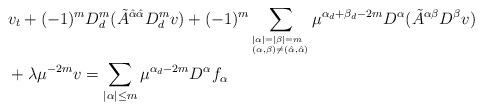
LaTeX: \begin{align*}&v_t+(-1)^m D_d^m(\tilde{A}^{\hat{\alpha}\hat{\alpha}}D^m_d v)+(-1)^{m}\sum_{^{|\alpha|=|\beta|=m}_{(\alpha,\beta)\neq (\hat{\alpha},\hat{\alpha})}}\mu^{\alpha_d+\beta_d-2m}D^\alpha(\tilde{A}^{\alpha\beta}D^\beta v)\\&+\lambda\mu^{{-2m}}v=\sum_{|\alpha|\le m}\mu^{\alpha_d-2m}D^\alpha f_\alpha\end{align*}